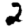
Digit: 2